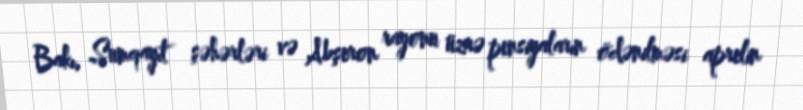
Bakı, Sumqayıt şəhərləri və Abşeron rayonu üzrə pensiyaların ödənilməsi aprelin